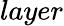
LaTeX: layer